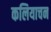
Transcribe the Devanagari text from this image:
कलियाचन